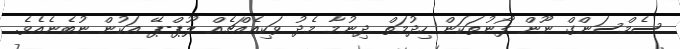
ސެމްސަންގް ނޫން ފޯނުތަކަން ހިދުމަތް ދިނުމާ މެދު ވަކިއެއްޗެއް ލޫޕް-ޕޭ އަކުން ނުބެނެއެވެ.